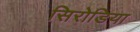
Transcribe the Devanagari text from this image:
सिरोडिया